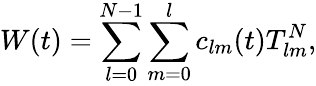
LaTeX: W(t)=\sum_{l=0}^{N-1}\sum_{m=0}^{l}c_{lm}(t)T_{lm}^{N},